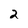
Character: 2